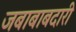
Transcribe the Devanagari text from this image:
जबाबाबदारी